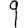
Digit: 9